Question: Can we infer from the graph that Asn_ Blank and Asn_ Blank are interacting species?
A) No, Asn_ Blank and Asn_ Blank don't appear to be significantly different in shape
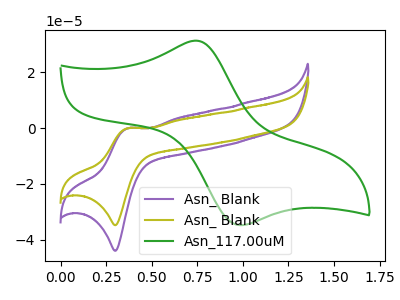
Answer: <think>The purple curve "Asn_ Blank" has an anodic peak at (0.35V, -0.05uA) and a cathodic peak at (0.30V, -43.90uA). The olive curve "Asn_ Blank" has an anodic peak at (0.35V, -0.05uA) and a cathodic peak at (0.30V, -34.75uA). The green curve "Asn_117.00uM" has an anodic peak at (0.75V, 31.25uA) and a cathodic peak at (1.00V, -34.75uA).
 All the peaks in "Asn_ Blank" have a peak in "Asn_ Blank" at the same potential.</think>
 <answer>A) No, "Asn_ Blank" and "Asn_ Blank" don't appear to be significantly different in shape</answer>
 <eval>A</eval>